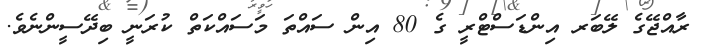
ރާއްޖޭގެ ލޭބަރ އިންޑަސްޓްރީ ގެ 80 އިން ސައްތަ މަސައްކަތް ކުރަނީ ބިދޭސީންނެވެ.